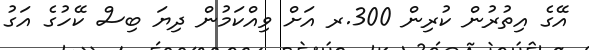
އޭގެ އިތުރުން ކުރިން 300.ރ އަށް ވިއްކަމުން ދިޔަ ބިސް ކޭހުގެ އަގު